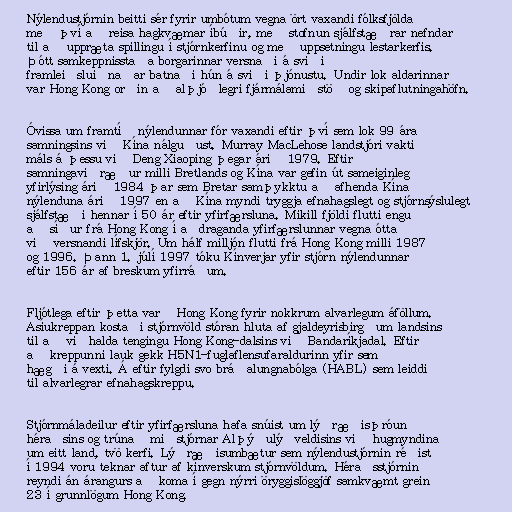
Nýlendustjórnin beitti sér fyrir umbótum vegna ört vaxandi fólksfjölda
með því að reisa hagkvæmar íbúðir, með stofnun sjálfstæðrar nefndar
til að uppræta spillingu í stjórnkerfinu og með uppsetningu lestarkerfis.
Þótt samkeppnisstaða borgarinnar versnaði á sviði
framleiðsluiðnaðar batnaði hún á sviði þjónustu. Undir lok aldarinnar
var Hong Kong orðin að alþjóðlegri fjármálamiðstöð og skipaflutningahöfn.

Óvissa um framtíð nýlendunnar fór vaxandi eftir því sem lok 99 ára
samningsins við Kína nálguðust. Murray MacLehose landstjóri vakti
máls á þessu við Deng Xiaoping þegar árið 1979. Eftir
samningaviðræður milli Bretlands og Kína var gefin út sameiginleg
yfirlýsing árið 1984 þar sem Bretar samþykktu að afhenda Kína
nýlenduna árið 1997 en að Kína myndi tryggja efnahagslegt og stjórnsýslulegt
sjálfstæði hennar í 50 ár eftir yfirfærsluna. Mikill fjöldi flutti engu
að síður frá Hong Kong í aðdraganda yfirfærslunnar vegna ótta
við versnandi lífskjör. Um hálf milljón flutti frá Hong Kong milli 1987
og 1996. Þann 1. júlí 1997 tóku Kínverjar yfir stjórn nýlendunnar
eftir 156 ár af breskum yfirráðum.

Fljótlega eftir þetta varð Hong Kong fyrir nokkrum alvarlegum áföllum.
Asíukreppan kostaði stjórnvöld stóran hluta af gjaldeyrisbirgðum landsins
til að viðhalda tengingu Hong Kong-dalsins við Bandaríkjadal. Eftir
að kreppunni lauk gekk H5N1-fuglaflensufaraldurinn yfir sem
hægði á vexti. Á eftir fylgdi svo bráðalungnabólga (HABL) sem leiddi
til alvarlegrar efnahagskreppu.

Stjórnmáladeilur eftir yfirfærsluna hafa snúist um lýðræðisþróun
héraðsins og trúnað miðstjórnar Alþýðulýðveldisins við hugmyndina
um eitt land, tvö kerfi. Lýðræðisumbætur sem nýlendustjórnin réðist
í 1994 voru teknar aftur af kínverskum stjórnvöldum. Héraðsstjórnin
reyndi án árangurs að koma í gegn nýrri öryggislöggjöf samkvæmt grein
23 í grunnlögum Hong Kong.